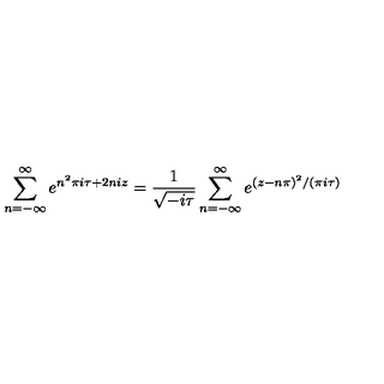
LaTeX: \sum _ { n = - \infty } ^ { \infty } e ^ { n ^ { 2 } \pi i \tau + 2 n i z } = \frac { 1 } { \sqrt { - i \tau } } \sum _ { n = - \infty } ^ { \infty } e ^ { ( z - n \pi ) ^ { 2 } / ( \pi i \tau ) }